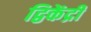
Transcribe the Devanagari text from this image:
द्विकेंद्री